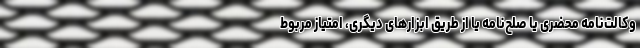
وکالت‌نامه محضری یا صلح‌نامه یا از طریق ابزارهای دیگری، امتیاز مربوط